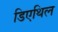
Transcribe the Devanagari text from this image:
डिएथिल